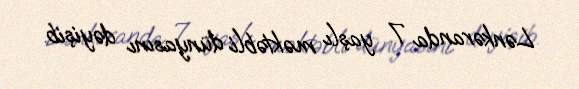
Lənkəranda 7 yaşlı məktəbli dünyasını dəyişib.